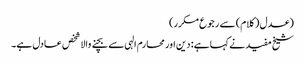
(عدل (کلام) سے رجوع مکرر)
شیخ مفید نے کہا ہے: دین اور محارم الہی سے بچنے والا شخص عادل ہے۔